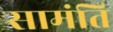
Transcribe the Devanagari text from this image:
सामंति